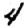
Digit: 4